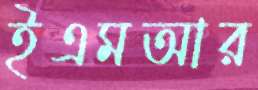
ইএমআর